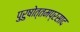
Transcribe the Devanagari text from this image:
पुरुषोत्तमप्रसाद